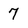
Character: 7